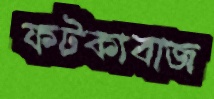
ফটকাবাজ